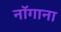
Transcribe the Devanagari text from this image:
नॉगाना